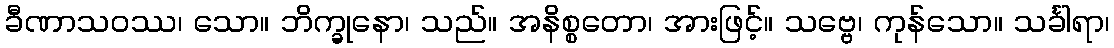
ခီဏာသဝဿ၊ သော။ ဘိက္ခုနော၊ သည်။ အနိစ္စတော၊ အားဖြင့်။ သဗ္ဗေ၊ ကုန်သော။ သင်္ခါရာ၊